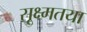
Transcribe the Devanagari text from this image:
सूक्ष्मतया